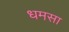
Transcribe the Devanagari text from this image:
धमसा